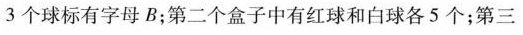
3个球标有字母B；第二个盒子中有红球和白球各5个；第三